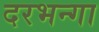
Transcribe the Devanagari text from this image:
दरभन्गा